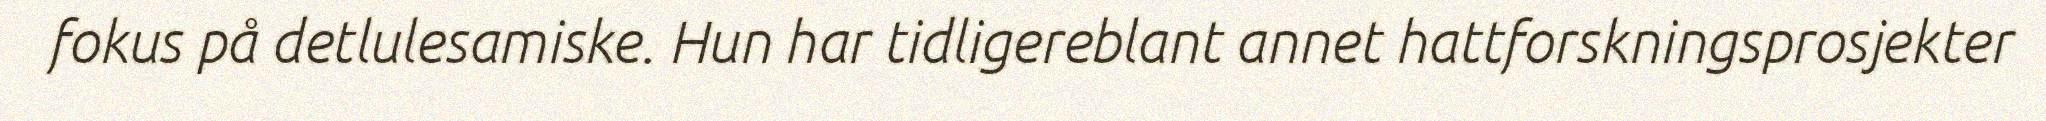
fokus på detlulesamiske. Hun har tidligereblant annet hattforskningsprosjekter